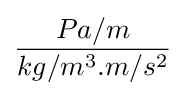
{\frac {Pa/m}{kg/m^{3}.m/s^{2}}}